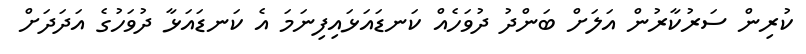
ކުރިން ސަރުކާރުން އަލަށް ބަންދު ދުވަހެއް ކަނޑައަޅައިފިނަމަ އެ ކަނޑައަޅާ ދުވަހުގެ އަދަދަށް